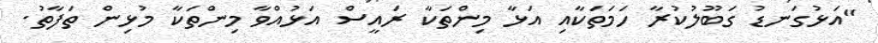
"އަޅުގަނޑު ގަބޫލުކުރާ ހަމަތަކާއި އަޅާ މިންތަކާ ރައީސް އަޅުއްވާ މިންތަކާ މުޅިން ތަފާތު.